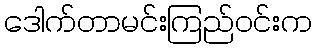
ဒေါက်တာမင်းကြည်ဝင်းက